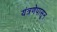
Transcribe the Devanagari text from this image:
यंत्रणेपासून